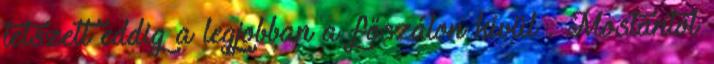
tetszett eddig a legjobban a főszálon kívül . Mostantól